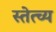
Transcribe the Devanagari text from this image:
स्तेत्च्य